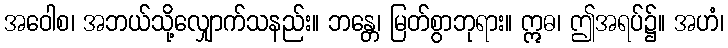
အဝေါစ၊ အဘယ်သို့လျှောက်သနည်း။ ဘန္တေ၊ မြတ်စွာဘုရား။ ဣဓ၊ ဤအရပ်၌။ အဟံ၊